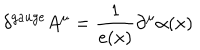
LaTeX: \delta ^ { g a u g e } A ^ { \mu } = \frac 1 { e ( x ) } \partial ^ { \mu } \alpha ( x ) \qquad